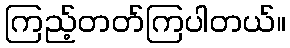
ကြည့်တတ်ကြပါတယ်။